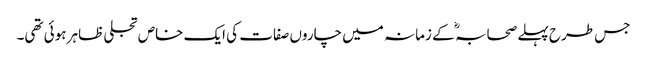
جس طرح پہلے صحابہ ؓ کے زمانہ میں چاروں صفات کی ایک خاص تجلی ظاہر ہوئی تھی۔